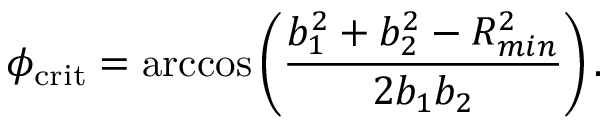
\phi _ { \mathrm { c r i t } } = \operatorname { a r c c o s } \left( \frac { b _ { 1 } ^ { 2 } + b _ { 2 } ^ { 2 } - R _ { m i n } ^ { 2 } } { 2 b _ { 1 } b _ { 2 } } \right) .